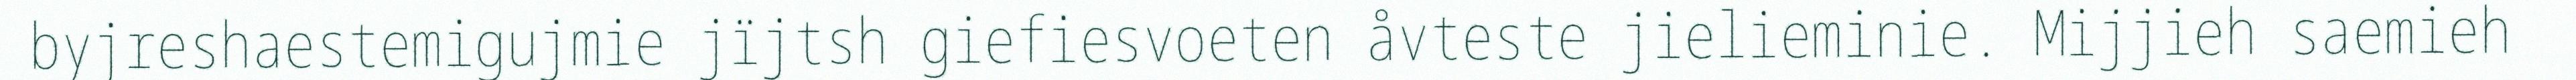
byjreshaestemigujmie jïjtsh giefiesvoeten åvteste jielieminie. Mijjieh saemieh